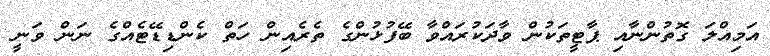
އަމިއްލަ ގޮތުންނާއި ޕާޓީތަކުން ވާދަކުރައްވާ ބޭފުޅުންގެ ތެރެއިން ހަތް ކެންޑިޑޭޓެއްގެ ނަން ވަނީ